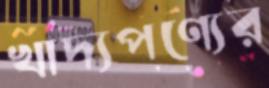
খাদ্যপণ্যের